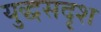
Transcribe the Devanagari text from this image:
युद्धसदृश